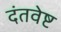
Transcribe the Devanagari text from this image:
दंतवेष्ट